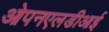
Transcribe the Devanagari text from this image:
ओपनएलडीआई